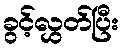
ခွင့်လွှတ်ပြီး